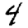
Digit: 4